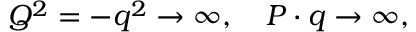
Q ^ { 2 } = - q ^ { 2 } \rightarrow \infty , \quad P \cdot q \rightarrow \infty ,